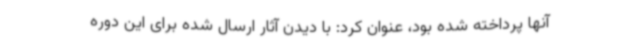
آنها پرداخته شده بود، عنوان کرد: با دیدن آثار ارسال شده برای این دوره